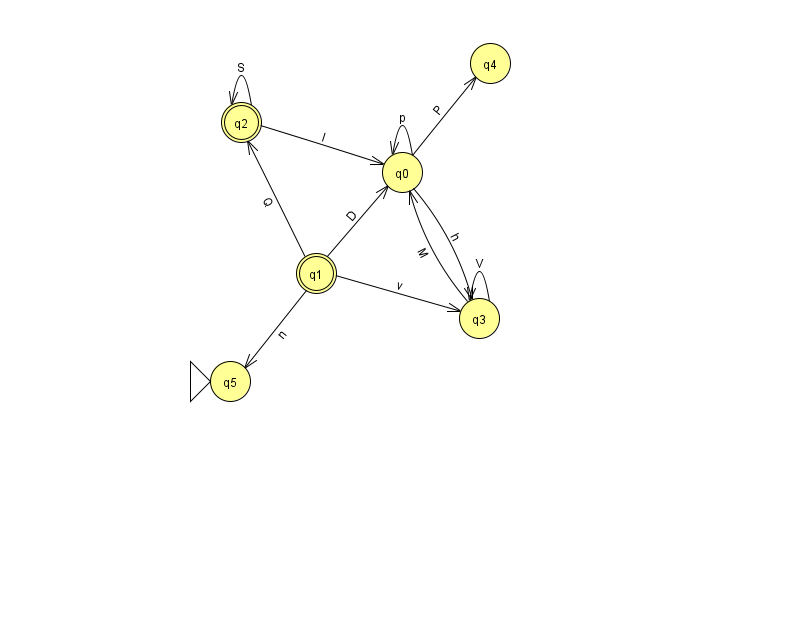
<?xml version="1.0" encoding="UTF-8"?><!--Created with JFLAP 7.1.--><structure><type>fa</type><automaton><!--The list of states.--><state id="0" name="q0"><x>402.0</x><y>159.0</y></state><state id="1" name="q1"><x>316.0</x><y>260.0</y><final/></state><state id="2" name="q2"><x>241.0</x><y>109.0</y><final/></state><state id="3" name="q3"><x>479.0</x><y>305.0</y></state><state id="4" name="q4"><x>490.0</x><y>50.0</y></state><state id="5" name="q5"><x>230.0</x><y>368.0</y><initial/></state><!--The list of transitions.--><transition><from>0</from><to>0</to><read>p</read></transition><transition><from>1</from><to>3</to><read>v</read></transition><transition><from>0</from><to>3</to><read>h</read></transition><transition><from>2</from><to>0</to><read>I</read></transition><transition><from>2</from><to>2</to><read>S</read></transition><transition><from>1</from><to>5</to><read>n</read></transition><transition><from>3</from><to>3</to><read>V</read></transition><transition><from>1</from><to>2</to><read>Q</read></transition><transition><from>3</from><to>0</to><read>M</read></transition><transition><from>1</from><to>0</to><read>D</read></transition><transition><from>0</from><to>4</to><read>P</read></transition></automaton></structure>